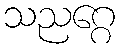
သညဂ္ဂေ